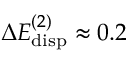
\Delta E _ { \mathrm { d i s p } } ^ { ( 2 ) } \approx 0 . 2